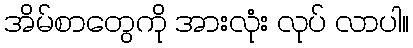
အိမ်စာတွေကို အားလုံး လုပ် လာပါ။